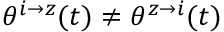
\theta ^ { i \rightarrow z } ( t ) \neq \theta ^ { z \rightarrow i } ( t )